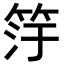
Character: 𬔿